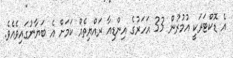
އެ ޑޮކްޓަރަކީ އުމުރުން 33 އަހަރުގެ އިންޑިއާ ރައްޔިތެއް ކަމަށް އެ ބަޔާނުގައިވެއެވެ.